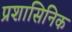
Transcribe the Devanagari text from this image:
प्रशासिनिक